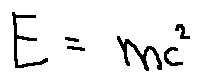
E = m c ^ { 2 }